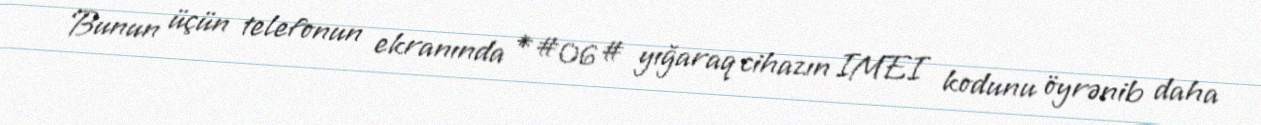
Bunun üçün telefonun ekranında *#06# yığaraq cihazın IMEI kodunu öyrənib daha